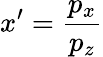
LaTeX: x^{\prime}=\frac{p_{x}}{p_{z}}